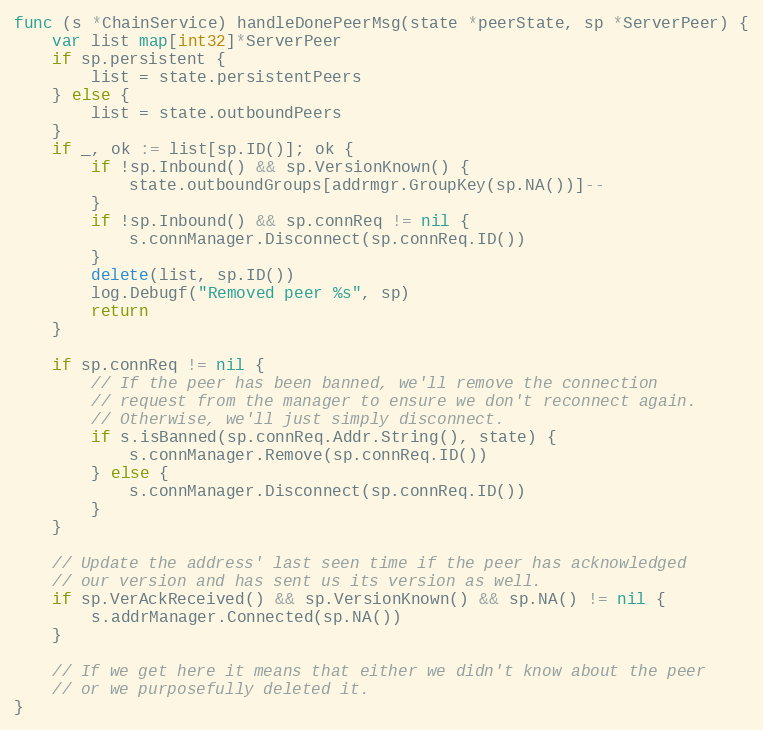
Language: Go
func (s *ChainService) handleDonePeerMsg(state *peerState, sp *ServerPeer) {
	var list map[int32]*ServerPeer
	if sp.persistent {
		list = state.persistentPeers
	} else {
		list = state.outboundPeers
	}
	if _, ok := list[sp.ID()]; ok {
		if !sp.Inbound() && sp.VersionKnown() {
			state.outboundGroups[addrmgr.GroupKey(sp.NA())]--
		}
		if !sp.Inbound() && sp.connReq != nil {
			s.connManager.Disconnect(sp.connReq.ID())
		}
		delete(list, sp.ID())
		log.Debugf("Removed peer %s", sp)
		return
	}

	if sp.connReq != nil {
		// If the peer has been banned, we'll remove the connection
		// request from the manager to ensure we don't reconnect again.
		// Otherwise, we'll just simply disconnect.
		if s.isBanned(sp.connReq.Addr.String(), state) {
			s.connManager.Remove(sp.connReq.ID())
		} else {
			s.connManager.Disconnect(sp.connReq.ID())
		}
	}

	// Update the address' last seen time if the peer has acknowledged
	// our version and has sent us its version as well.
	if sp.VerAckReceived() && sp.VersionKnown() && sp.NA() != nil {
		s.addrManager.Connected(sp.NA())
	}

	// If we get here it means that either we didn't know about the peer
	// or we purposefully deleted it.
}